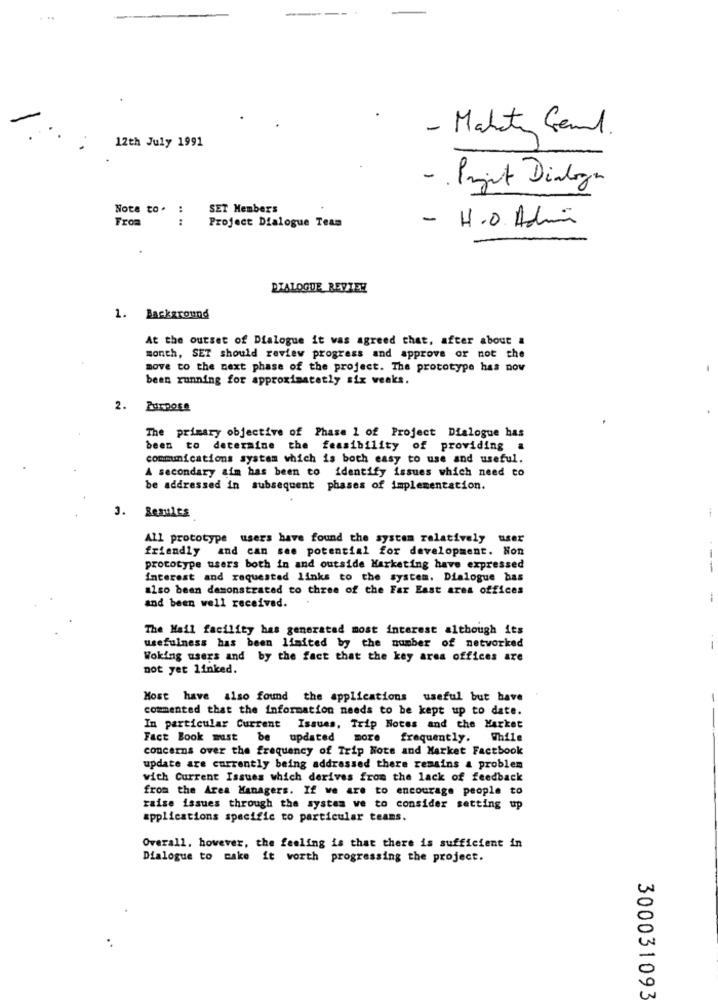
- Makety Gemil.
12th July 1991
- Projet Dialoga
Note to. :
SET Members
From
Project Dialogue Team
- H.O. Admin
DIALOGUE REVIEW
1. Background
At the outset of Dialogue it was agreed that, after about a
month, SET should review progress and approve or not the
move to the next phase of the project. The prototype has nov
been running for approximatetly six weeks.
The primary objective of Phase 1 of Project Dialogue has
been to determine the feasibility of providing a
communications system which is both easy to use and useful.
A secondary aim has been to identify issues which need to
be addressed in subsequent phases of implementation.
3.
Results
All prototype users have found the system relatively user
friendly and can see potential for development. Non
prototype users both in and outside Marketing have expressed
--
interest and requested links to the system. Dialogue has
also been demonstrated to three of the Far East ares offices
and been well received.
The Mail facility has generated most interest although its
usefulness has been limited by the number of networked
--
Woking users and by the fact that the key area offices are
not yet linked.
Most have also found the applications useful but have
commented that the information needs to be kept up to date.
In particular Current Issues, Trip Notes and the Market
Fact Book must be updated
more frequently. While
concerns over the frequency of Trip Note and Market Factbook
update are currently being addressed there remains & problem
with Current Issues which derives from the lack of feedback
from the Area Managers. If we are to encourage people to
raise issues through the system ve to consider setting up
applications specific to particular teams.
Overall, however, the feeling is that there is sufficient in
Dialogue to make it worth progressing the project.
300031093